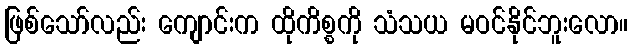
ဖြစ်သော်လည်း ကျောင်းက ထိုကိစ္စကို သံသယ မဝင်နိုင်ဘူးလော။